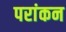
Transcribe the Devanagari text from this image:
परांकन